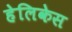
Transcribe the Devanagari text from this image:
हेलिकेस